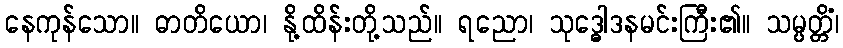
နေကုန်သော။ ဓာတိယော၊ နို့ထိန်းတို့သည်။ ရညော၊ သုဒ္ဓေါဒနမင်းကြီး၏။ သမ္ပတ္တိံ၊